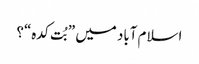
اسلام آباد میں ”بُت کدہ“؟